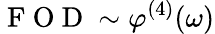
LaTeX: \mathrm{~F~O~D~}\sim\varphi^{(4)}(\omega)